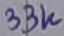
Text: 33K